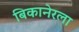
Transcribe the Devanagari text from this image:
बिकानेरला